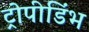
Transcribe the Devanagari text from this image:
ट्रोपीडिंभ